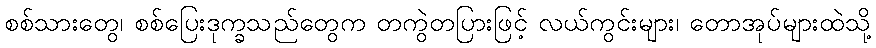
စစ်သားတွေ၊ စစ်ပြေးဒုက္ခသည်တွေက တကွဲတပြားဖြင့် လယ်ကွင်းများ၊ တောအုပ်များထဲသို့